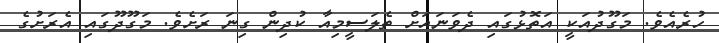
ހުރެއެވެ. މަގޫދުއަކީ އަތޮޅުގައި ދެވަނައަށް ތެލަސީމިއާ ކުދިން ގިނަ ރަށެވެ. މަގޫދޫގައި އެރަށުގެ